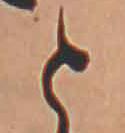
と